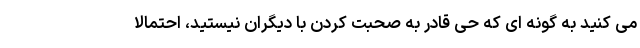
می کنید به گونه ای که حی قادر به صحبت کردن با دیگران نیستید، احتمالا